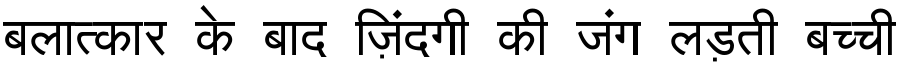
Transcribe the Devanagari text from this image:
बलात्कार के बाद ज़िंदगी की जंग लड़ती बच्ची